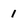
Character: 1